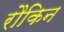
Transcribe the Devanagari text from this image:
रौकिन